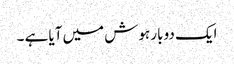
ایک دو بار ہوش میں آیا ہے ۔